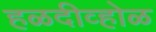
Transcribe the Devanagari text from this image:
हळदीव्होळ